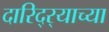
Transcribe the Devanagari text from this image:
दारिद्‌र्‍याच्या